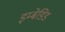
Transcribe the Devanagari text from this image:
इम्बेडिड